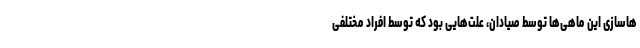
هاسازی این ماهی‌ها توسط صیادان، علت‌هایی بود که توسط افراد مختلفی